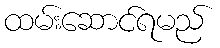
ထမ်းဆောင်ရမည်